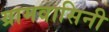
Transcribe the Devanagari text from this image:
ग्रामवासिनी